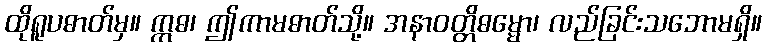
ထိုရူပဓာတ်မှ။ ဣဓ၊ ဤကာမဓာတ်သို့။ အနာဝတ္တိဓမ္မော၊ လည်ခြင်းသဘောမရှိ။